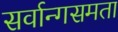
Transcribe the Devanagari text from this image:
सर्वान्गसमता